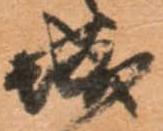
城